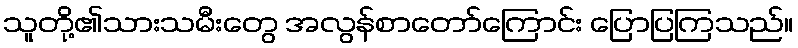
သူတို့၏သားသမီးတွေ အလွန်စာတော်ကြောင်း ပြောပြကြသည်။